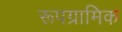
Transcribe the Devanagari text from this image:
रूपग्रामिक